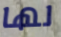
لها